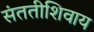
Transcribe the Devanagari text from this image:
संततीशिवाय